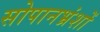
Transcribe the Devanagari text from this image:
सोपानभ्रंशों